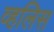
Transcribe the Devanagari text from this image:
व्हलिस